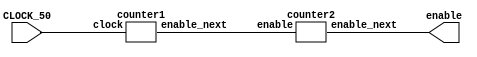
// makes enable high after 10 seconds
module counter(CLOCK_50, enable);
	input CLOCK_50;
	output enable;
	wire enable_second_counter;
	counter1 u1(CLOCK_50, enable_second_counter);
	counter2 u2(enable_second_counter, enable);
endmodule

// counts 50mill posedges (1 second)
module counter1(clock, enable_next);

input clock;
output enable_next;

reg [25:0] count = 26'b0;
assign enable_next = (count == 26'b10111110101111000010000000) ? 1'b1 : 1'b0;

//short cycle for testing
// reg [2:0] count = 2'b0;
// assign enable_next = (count == 3'b11) ? 1'b1 : 1'b0;


always @(posedge clock)
	begin
	if (enable_next == 1'b1)
		begin
			count <= 0;
		end
	else
		begin
			count <= count + 1'b1;
		end
	end
endmodule

// counts 10 posedges
module counter2 (enable, enable_next);
input enable;
output enable_next;

reg [3:0] count = 4'b0;

assign enable_next = count[3] & ~count[2] & count[1] & ~count[0];  // 1010

always @(posedge enable)
	begin
		if (enable_next == 1'b1) begin
			count<=0;
		end
		else begin
			count <= count + 1'b1;
		end
	end
endmodule


// counts 10 seconds (50mill * 10 cycles )
module backup_counter(CLOCK_50, enable_next);

input CLOCK_50;
output enable_next;

reg [28:0] count = 29'b0;
assign enable_next = (count == 29'b11101110011010110010100000000) ? 1'b1 : 1'b0;

//short cycle for testing
// reg [4:0] count = 5'b0;
// assign enable_next = (count == 5'b11110) ? 1'b1 : 1'b0;


always @(posedge CLOCK_50)
	begin
	if (enable_next == 1'b1)
		begin
			count <= 0;
		end
	else
		begin
			count <= count + 1'b1;
		end
	end
endmodule

//Module 2: Cases to choose the type of output

module selector(select, clock, enable, count1);
input [1:0] select;
input clock;
input [27:0]count1;
output enable;
reg out = 1'b0;
assign enable = out;
always @(posedge clock)
	begin
		if (out == 1)
			out = 0;
		else
			case (select)
			2'b00: out = (count1 >= 1'b1)? 1'b1 : 1'b0;
			2'b01: out = (count1 >= 28'd50000000)? 1'b1:1'b0;
			2'b10: out = (count1 >= 28'd100000000)? 1'b1:1'b0;
			2'b11: out = (count1 >= 28'd200000000)? 1'b1:1'b0;
			default: out = 1'b0;
			endcase
		end
endmodule

// Count 10 seconds


//HEX Module
module displayHEX (s,h);

input[3:0] s;
output[6:0] h;

//Lights, the Not is for the purpose of the keys since 0 represents pressed
assign h[0] = ~((s[3]|s[2]|s[1]|~s[0])&(s[3]|~s[2]|s[1]|s[0])&(~s[3]|s[2]|~s[1]|~s[0])&(~s[3]|~s[2]|s[1]|~s[0]));
assign h[1] = ~((s[3]|~s[2]|s[1]|~s[0])&(s[3]|~s[2]|~s[1]|s[0])&(~s[3]|s[2]|~s[1]|~s[0])&(~s[3]|~s[2]|s[1]|s[0])&(~s[3]|~s[2]|~s[1]|s[0])&(~s[3]|~s[2]|~s[1]|~s[0]));
assign h[2] = ~((s[3]|s[2]|~s[1]|s[0])&(~s[3]|~s[2]|s[1]|s[0])&(~s[3]|~s[2]|~s[1]|s[0])&(~s[3]|~s[2]|~s[1]|~s[0]));
assign h[3] = ~((s[3]|s[2]|s[1]|~s[0])&(s[3]|~s[2]|s[1]|s[0])&(s[3]|~s[2]|~s[1]|~s[0])&(~s[3]|s[2]|s[1]|~s[0])&(~s[3]|~s[2]|~s[1]|~s[0])&(~s[3]|s[2]|~s[1]|s[0]));
assign h[4] = ~((s[3]|s[2]|s[1]|~s[0])&(s[3]|s[2]|~s[1]|~s[0])&(s[3]|~s[2]|s[1]|s[0])&(s[3]|~s[2]|s[1]|~s[0])&(s[3]|~s[2]|~s[1]|~s[0])&(~s[3]|s[2]|s[1]|~s[0]));
assign h[5] = ~((s[3]|s[2]|s[1]|~s[0])&(s[3]|s[2]|~s[1]|s[0])&(s[3]|s[2]|~s[1]|~s[0])&(s[3]|~s[2]|~s[1]|~s[0])&(~s[3]|~s[2]|s[1]|~s[0]));
assign h[6] = ~((s[3]|s[2]|s[1]|s[0])&(s[3]|s[2]|s[1]|~s[0])&(s[3]|~s[2]|~s[1]|~s[0])&(~s[3]|~s[2]|s[1]|s[0]));

endmodule